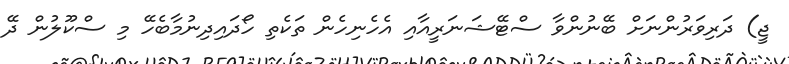
ޖީ) ދަރިވަރުންނަށް ބޭނުންވާ ސްޓޭޝަނަރީއާއި އެހެނިހެން ތަކެތި ހޯދައިދިނުމާބެހޭ މި ސްކޫލުން ދޭ